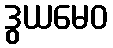
ဒွယမေဝ